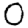
Digit: 0